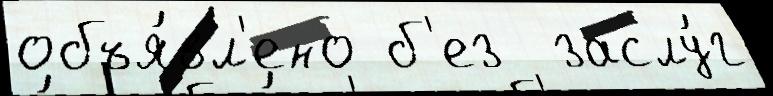
объя́вл'ено б'ез  заслу́г